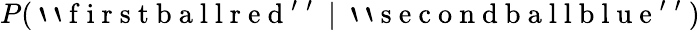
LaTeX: P(\mathrm{~`~`~f~i~r~s~t~b~a~l~l~r~e~d~'~'~}\mid\mathrm{~`~`~s~e~c~o~n~d~b~a~l~l~b~l~u~e~'~'~})